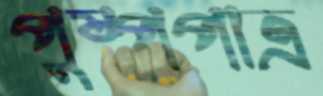
পুষ্পপাত্র